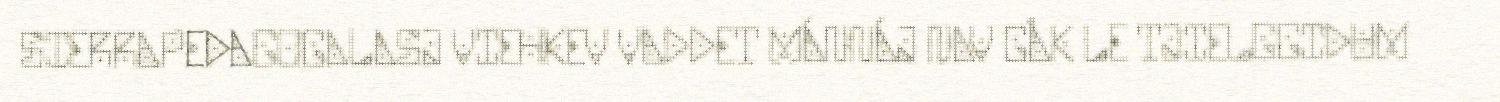
SIERRAPEDAGOGALASJ VIEHKEV VADDET MÁNNÁJ NAV GÅK LE TJIELGGIDUM